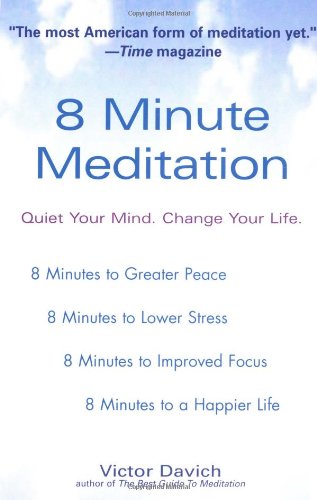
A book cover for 8 Minute Meditation: Quiet Your Mind. Change Your Life.; Victor Davich; Health, Fitness & Dieting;